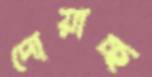
দোয়াচ্ছ